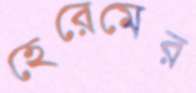
হেরেমের